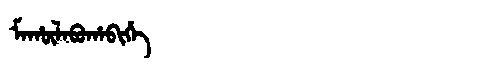
Manchu: ᠮᠠᡥᡡᠯᠠᠪᡠᡥᠠᠪᡳᡥᡝ
Romanization: MAHŪLABUHABIHE